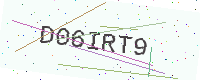
Text: D06IRT9